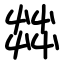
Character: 茻